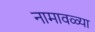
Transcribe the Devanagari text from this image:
नामावळ्या